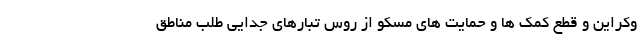
وکراین و قطع کمک ها و حمایت های مسکو از روس تبارهای جدایی طلب مناطق